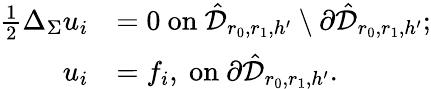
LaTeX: \begin{array}{rl}{\frac{1}{2}\Delta_{\Sigma}u_{i}}&{=0\mathrm{~on~}\hat{\mathcal D}_{r_{0},r_{1},h^{\prime}}\setminus\partial\hat{\mathcal D}_{r_{0},r_{1},h^{\prime}};}\\ {u_{i}}&{=f_{i},\mathrm{~on~}\partial\hat{\mathcal D}_{r_{0},r_{1},h^{\prime}}.}\end{array}